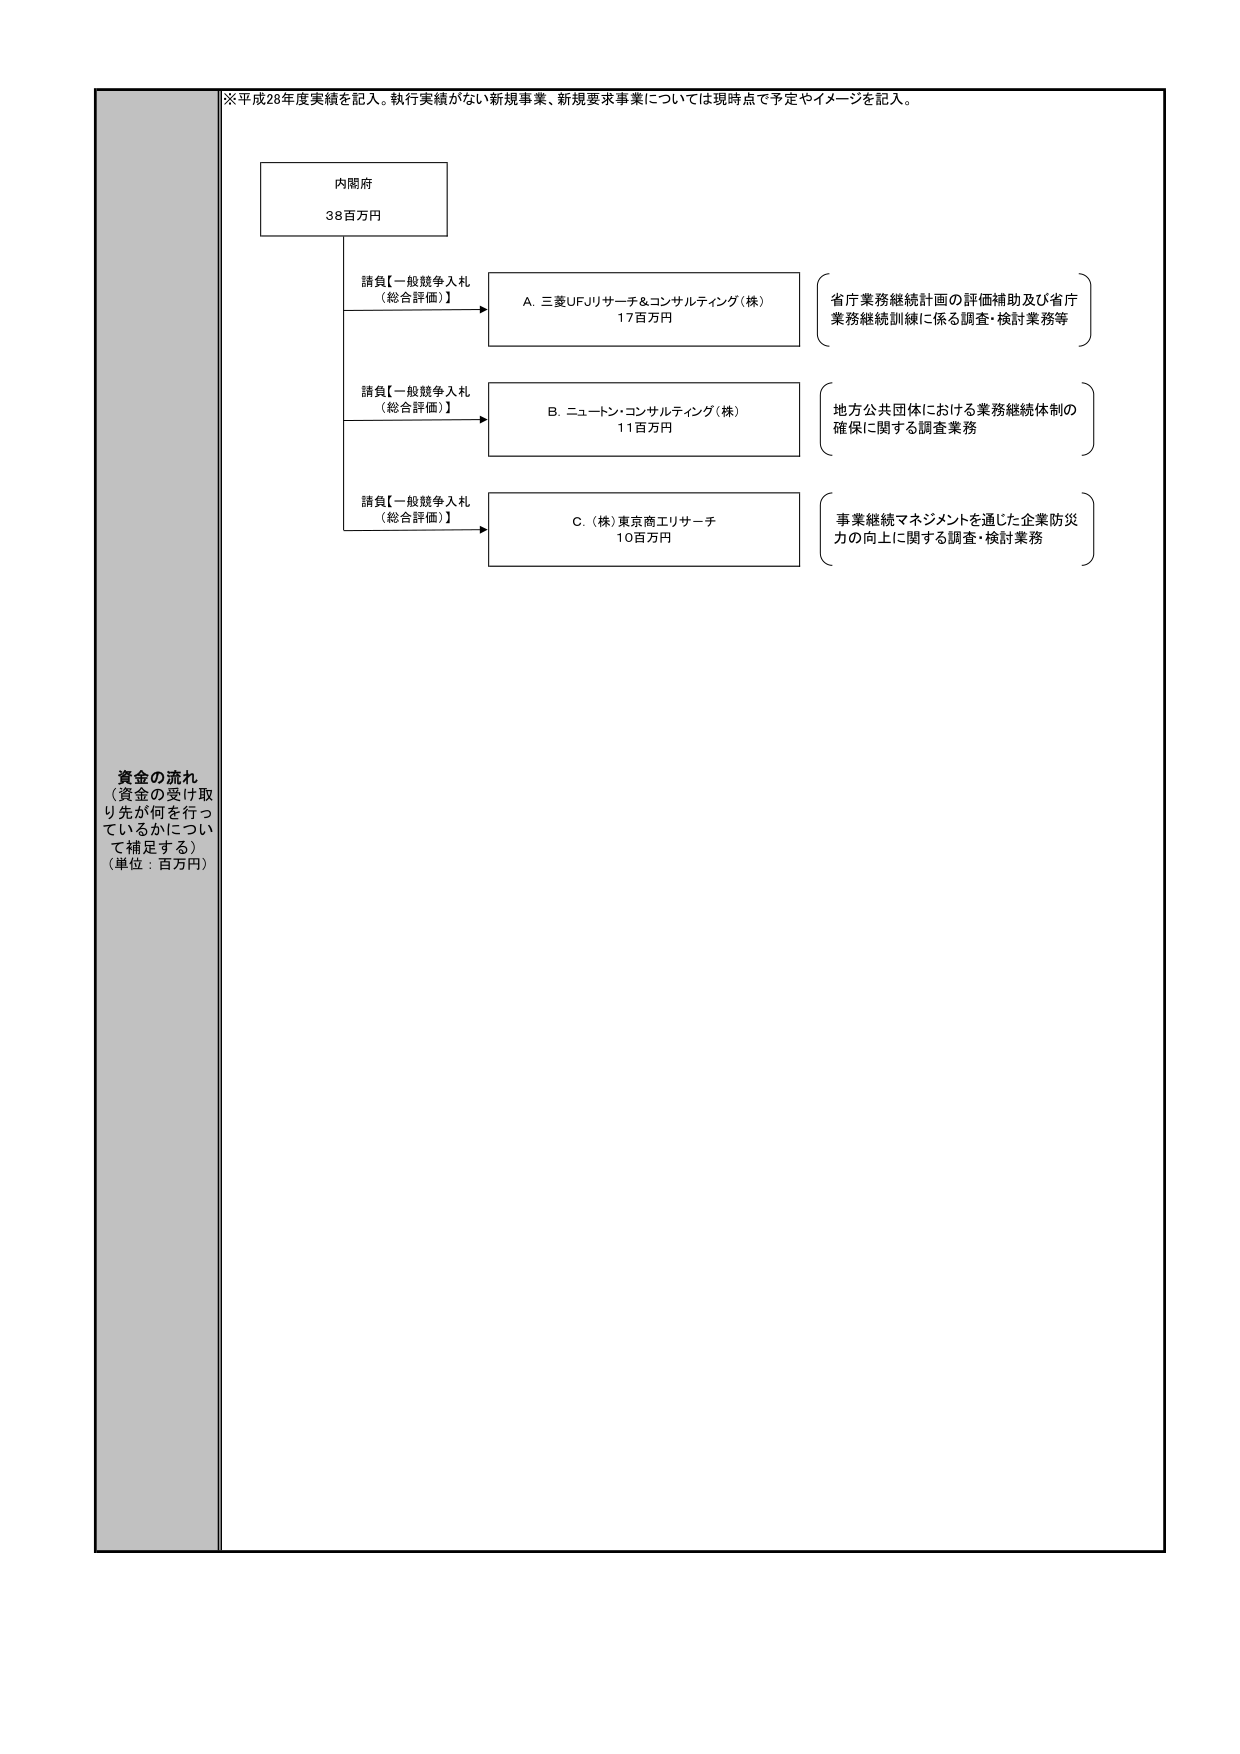
※平成28年度実績を記入。執行実績がない新規事業、新規要求事業については現時点で予定やイメージを記入。

内閣府
38百万円

請負【一般競争入札
（総合評価）】
→ A. 三菱UFJリサーチ＆コンサルティング（株）
　　17百万円
　　（省庁業務継続計画の評価補助及び省庁
　　業務継続訓練に係る調査・検討業務等）

請負【一般競争入札
（総合評価）】
→ B. ニュートン・コンサルティング（株）
　　11百万円
　　（地方公共団体における業務継続体制の
　　確保に関する調査業務）

請負【一般競争入札
（総合評価）】
→ C. （株）東京商工リサーチ
　　10百万円
　　（事業継続マネジメントを通じた企業防災
　　力の向上に関する調査・検討業務）

資金の流れ
（資金の受け取り先が何を行っているかについて補足する）
（単位：百万円）